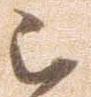
被